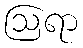
ဩရာ